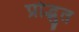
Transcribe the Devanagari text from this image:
प्रोद्भुत